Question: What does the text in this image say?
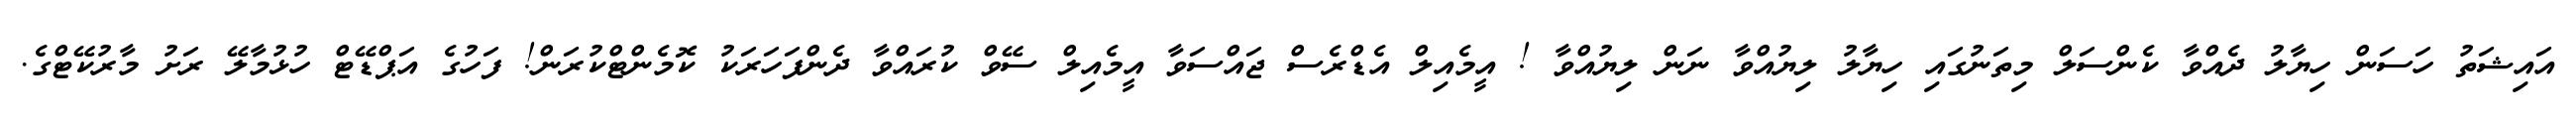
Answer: އައިޝަތު ހަސަން ހިޔާލު ދެއްވާ ކެންސަލް މިތަނުގައި ހިޔާލު ލިޔުއްވާ ނަން ލިޔުއްވާ ! އީމެއިލް އެޑްރެސް ޖައްސަވާ އީމެއިލް ސޭވް ކުރައްވާ ދެންފަހަރަކު ކޮމެންޓްކުރަން! ފަހުގެ އަޕްޑޭޓް ހުޅުމާލޭ ރަށު މާރުކޭޓްގެ.